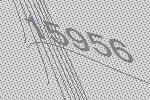
15956